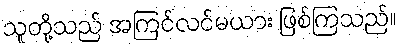
သူတို့သည် အကြင်လင်မယား ဖြစ်ကြသည်။